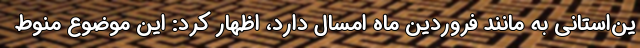
ین‌استانی به مانند فروردین ماه امسال دارد، اظهار کرد: این موضوع منوط